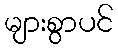
များစွာပင်